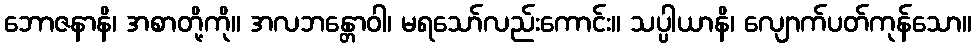
ဘောဇနာနိ၊ အစာတို့ကို။ အလဘန္တောဝါ၊ မရသော်လည်းကောင်း။ သပ္ပါယာနိ၊ လျောက်ပတ်ကုန်သော။